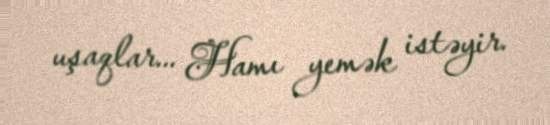
uşaqlar... Hamı yemək istəyir.